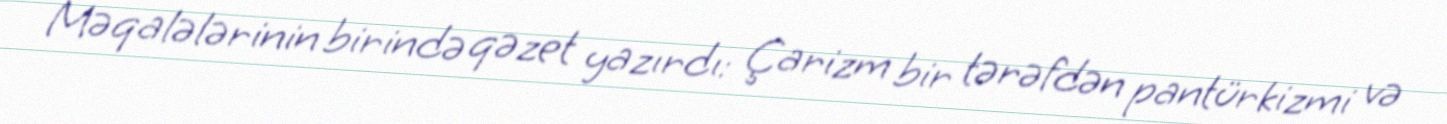
Məqalələrinin birində qəzet yazırdı: Çarizm bir tərəfdən pantürkizmi və